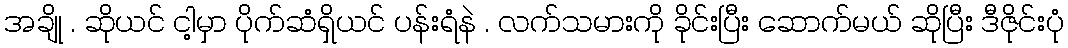
အချို . ဆိုယင် ငါ့မှာ ပိုက်ဆံရှိယင် ပန်းရံနဲ . လက်သမားကို ခိုင်းပြီး ဆောက်မယ် ဆိုပြီး ဒီဇိုင်းပုံ